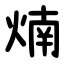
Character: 煵